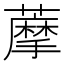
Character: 藦